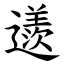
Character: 䢭